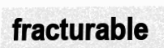
fracturable